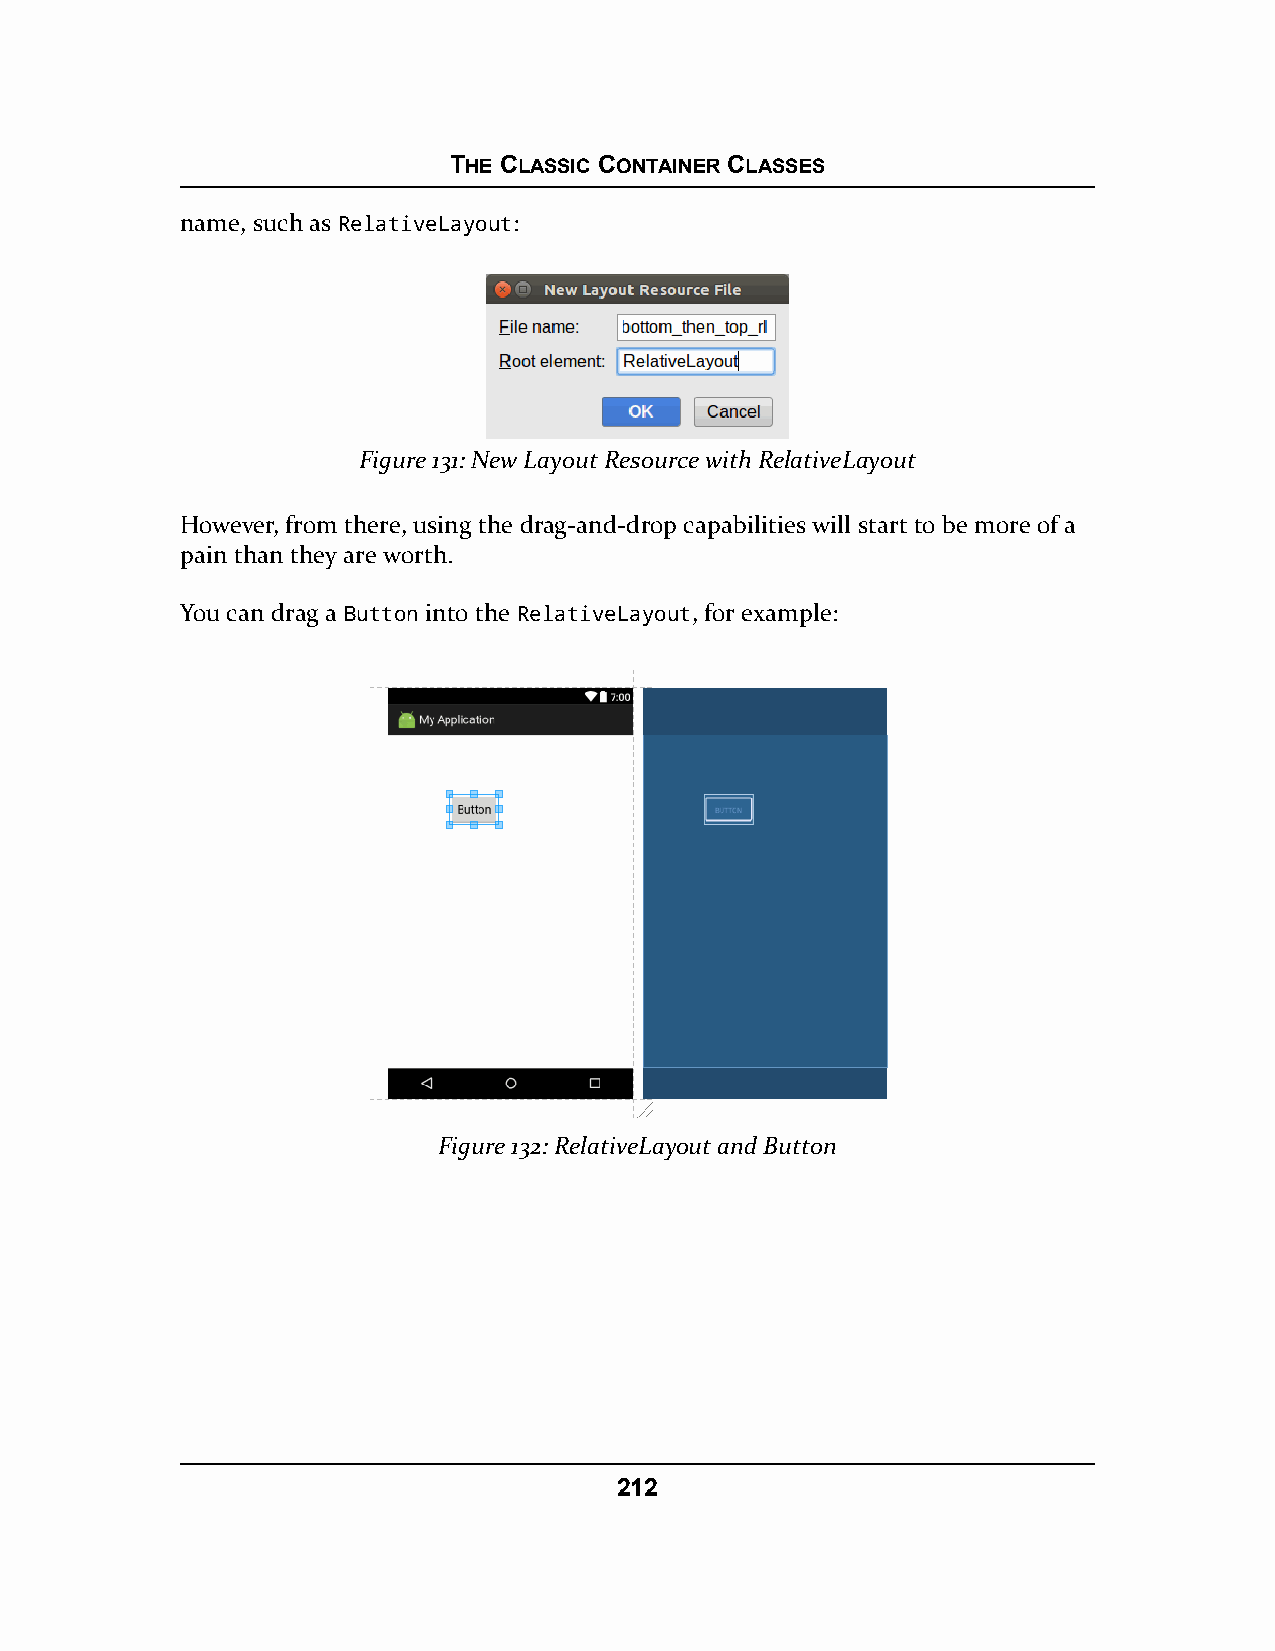
THE CLASSIC CONTAINER CLASSES
 name, such as RelativeLayout:
 Figure 131: New Layout Resource with RelativeLayout
 However, from there, using the drag-and-drop capabilities will start to be more of a
 pain than they are worth.
 You can drag a Button into the RelativeLayout, for example:
 Figure 132: RelativeLayout and Button
 212